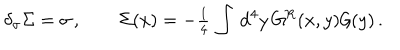
LaTeX: \delta _ { \sigma } \Sigma = \sigma \, , \qquad \Sigma ( x ) = - { \textstyle \frac { 1 } { 4 } } \, \int \, \mathrm { d } ^ { 4 } y \, G ^ { \mathrm { R } } ( x , y ) { \cal G } ( y ) \, .